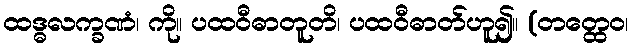
ထဒ္ဓလက္ခဏံ၊ ကို။ ပထဝီဓာတူတိ၊ ပထဝီဓာတ်ဟူ၍။ (တတ္ထေဝ၊